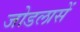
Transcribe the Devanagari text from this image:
जोडलासें